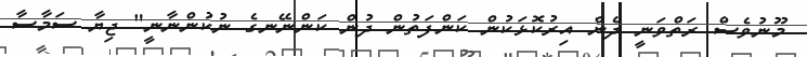
މޫނުވެސް ރަތްވަނީ ދެން އިރުކޮޅަކުން ކަންފަތުން ދުން ކަންނޭނގެ ނުކުންނާނީ" ޖިޔާ ސަމާސާ